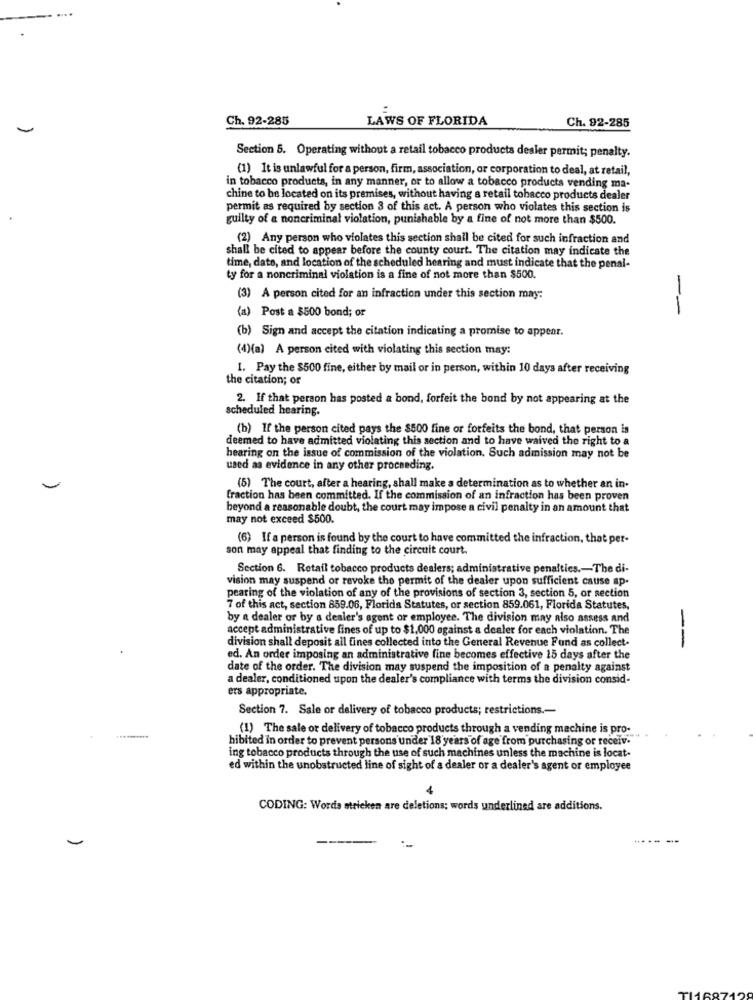
Ch. 92-285
LAWS OF FLORIDA
Ch. 92-285
Section 5. Operating without a retail tobacco products desler permit; penalty.
(1) It is unlawful for a person, firm, association, or corporation to deal, at retail,
in tobacco products, in any manner, or to allow a tobacco products vending ma-
chine to be located on its premises, without having a retail tobacco products dealer
permit as required by section 3 of this act. A person who violates this section is
guilty of a noncriminal violation, punishable by a fine of not more than $500.
(2) Any person who violates this section shall be cited for such infraction and
shall be cited to appear before the county court. The citation may indicate the
time, dato, and location of the scheduled hearing and must indicate that the penal-
ty for a noncriminal violation is a fine of not more than $500.
(3) A person cited for an infraction under this section may:
(a) Post a $500 bond; or
--
(b) Sign and accept the citation indicating a promise to appear.
(4)(a) A person cited with violating this section may:
1. Pay the $500 fine, either by mail or in person, within 10 days after receiving
the citation; or
2. If that person has posted a bond, forfeit the bond by not appearing at the
scheduled hearing.
(b) If the person cited pays the $500 fine or forfeits the bond, that person is
deemed to have admitted violating this section and to have waived the right to a
hearing on the issue of commission of the violation. Such admission may not be
used as evidence in any other proceeding.
(5) The court, after a hearing, shall make a determination as to whether an in-
fraction has been committed. If the commission of an infraction has been proven
beyond a reasonable doubt, the court may impose a civil penalty in an amount that
may not exceed $500.
(6) If a person is found by the court to have committed the infraction, that per-
son may appeal that finding to the circuit court.
Section 6. Retail tobacco products dealers; administrative penalties .- The di-
vision may suspend or revoke the permit of the dealer upon sufficient cause ap-
pearing of the violation of any of the provisions of section 3, section 5, or section
7 of this act, section 859.06, Florida Statutes, or section 859.061, Florida Statutes,
by a dealer or by a dealer's agent or employee. The division may also assess and
accept administrative fines of up to $1,000 against a dealer for each violation. The
division shall deposit all fines collected into the General Revenue Fund as collect-
--
ed. An order imposing an administrative fine becomes effective 15 days after the
date of the order. The division may suspend the imposition of a penalty against
a dealer, conditioned upon the dealer's compliance with terms the division consid-
ers appropriate.
Section 7. Sale or delivery of tobacco products; restrictions .-
(1) The sale or delivery of tobacco products through a vending machine is pro-
hibited in order to prevent persons under 18 years of age from purchasing or receiv.
ing tobacco products through the use of such machines unless the machine is locat.
ed within the unobstructed line of sight of a dealer or a dealer's agent or employee
CODING: Words stricken are deletions; words underlined are additions.
-